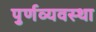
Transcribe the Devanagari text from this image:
पुर्णव्यवस्था